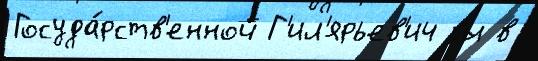
Госуда́рств'енной Г'ил'ярьев'ич вы в